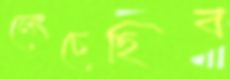
লেংচেছিব